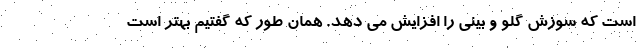
است که سوزش گلو و بینی را افزایش می دهد. همان طور که گفتیم بهتر است